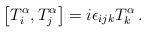
\begin{align*}\left[ T_{i}^{\alpha },T_{j}^{\alpha }\right] =i\epsilon _{ijk}T_{k}^{\alpha }\, .\end{align*}